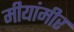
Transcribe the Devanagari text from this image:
मीयांमीर